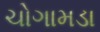
ચોગામડા